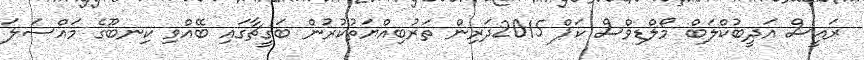
ރައީސް އަދީބުކްލަބް މޯލްޑިވްސް ކަޕް 2015ދަރިން ތަރުބިއްޔަތުކުރުން ބަގީޗާގައި ބޭއްވި ކިނބޫގެ މައްސަލަ